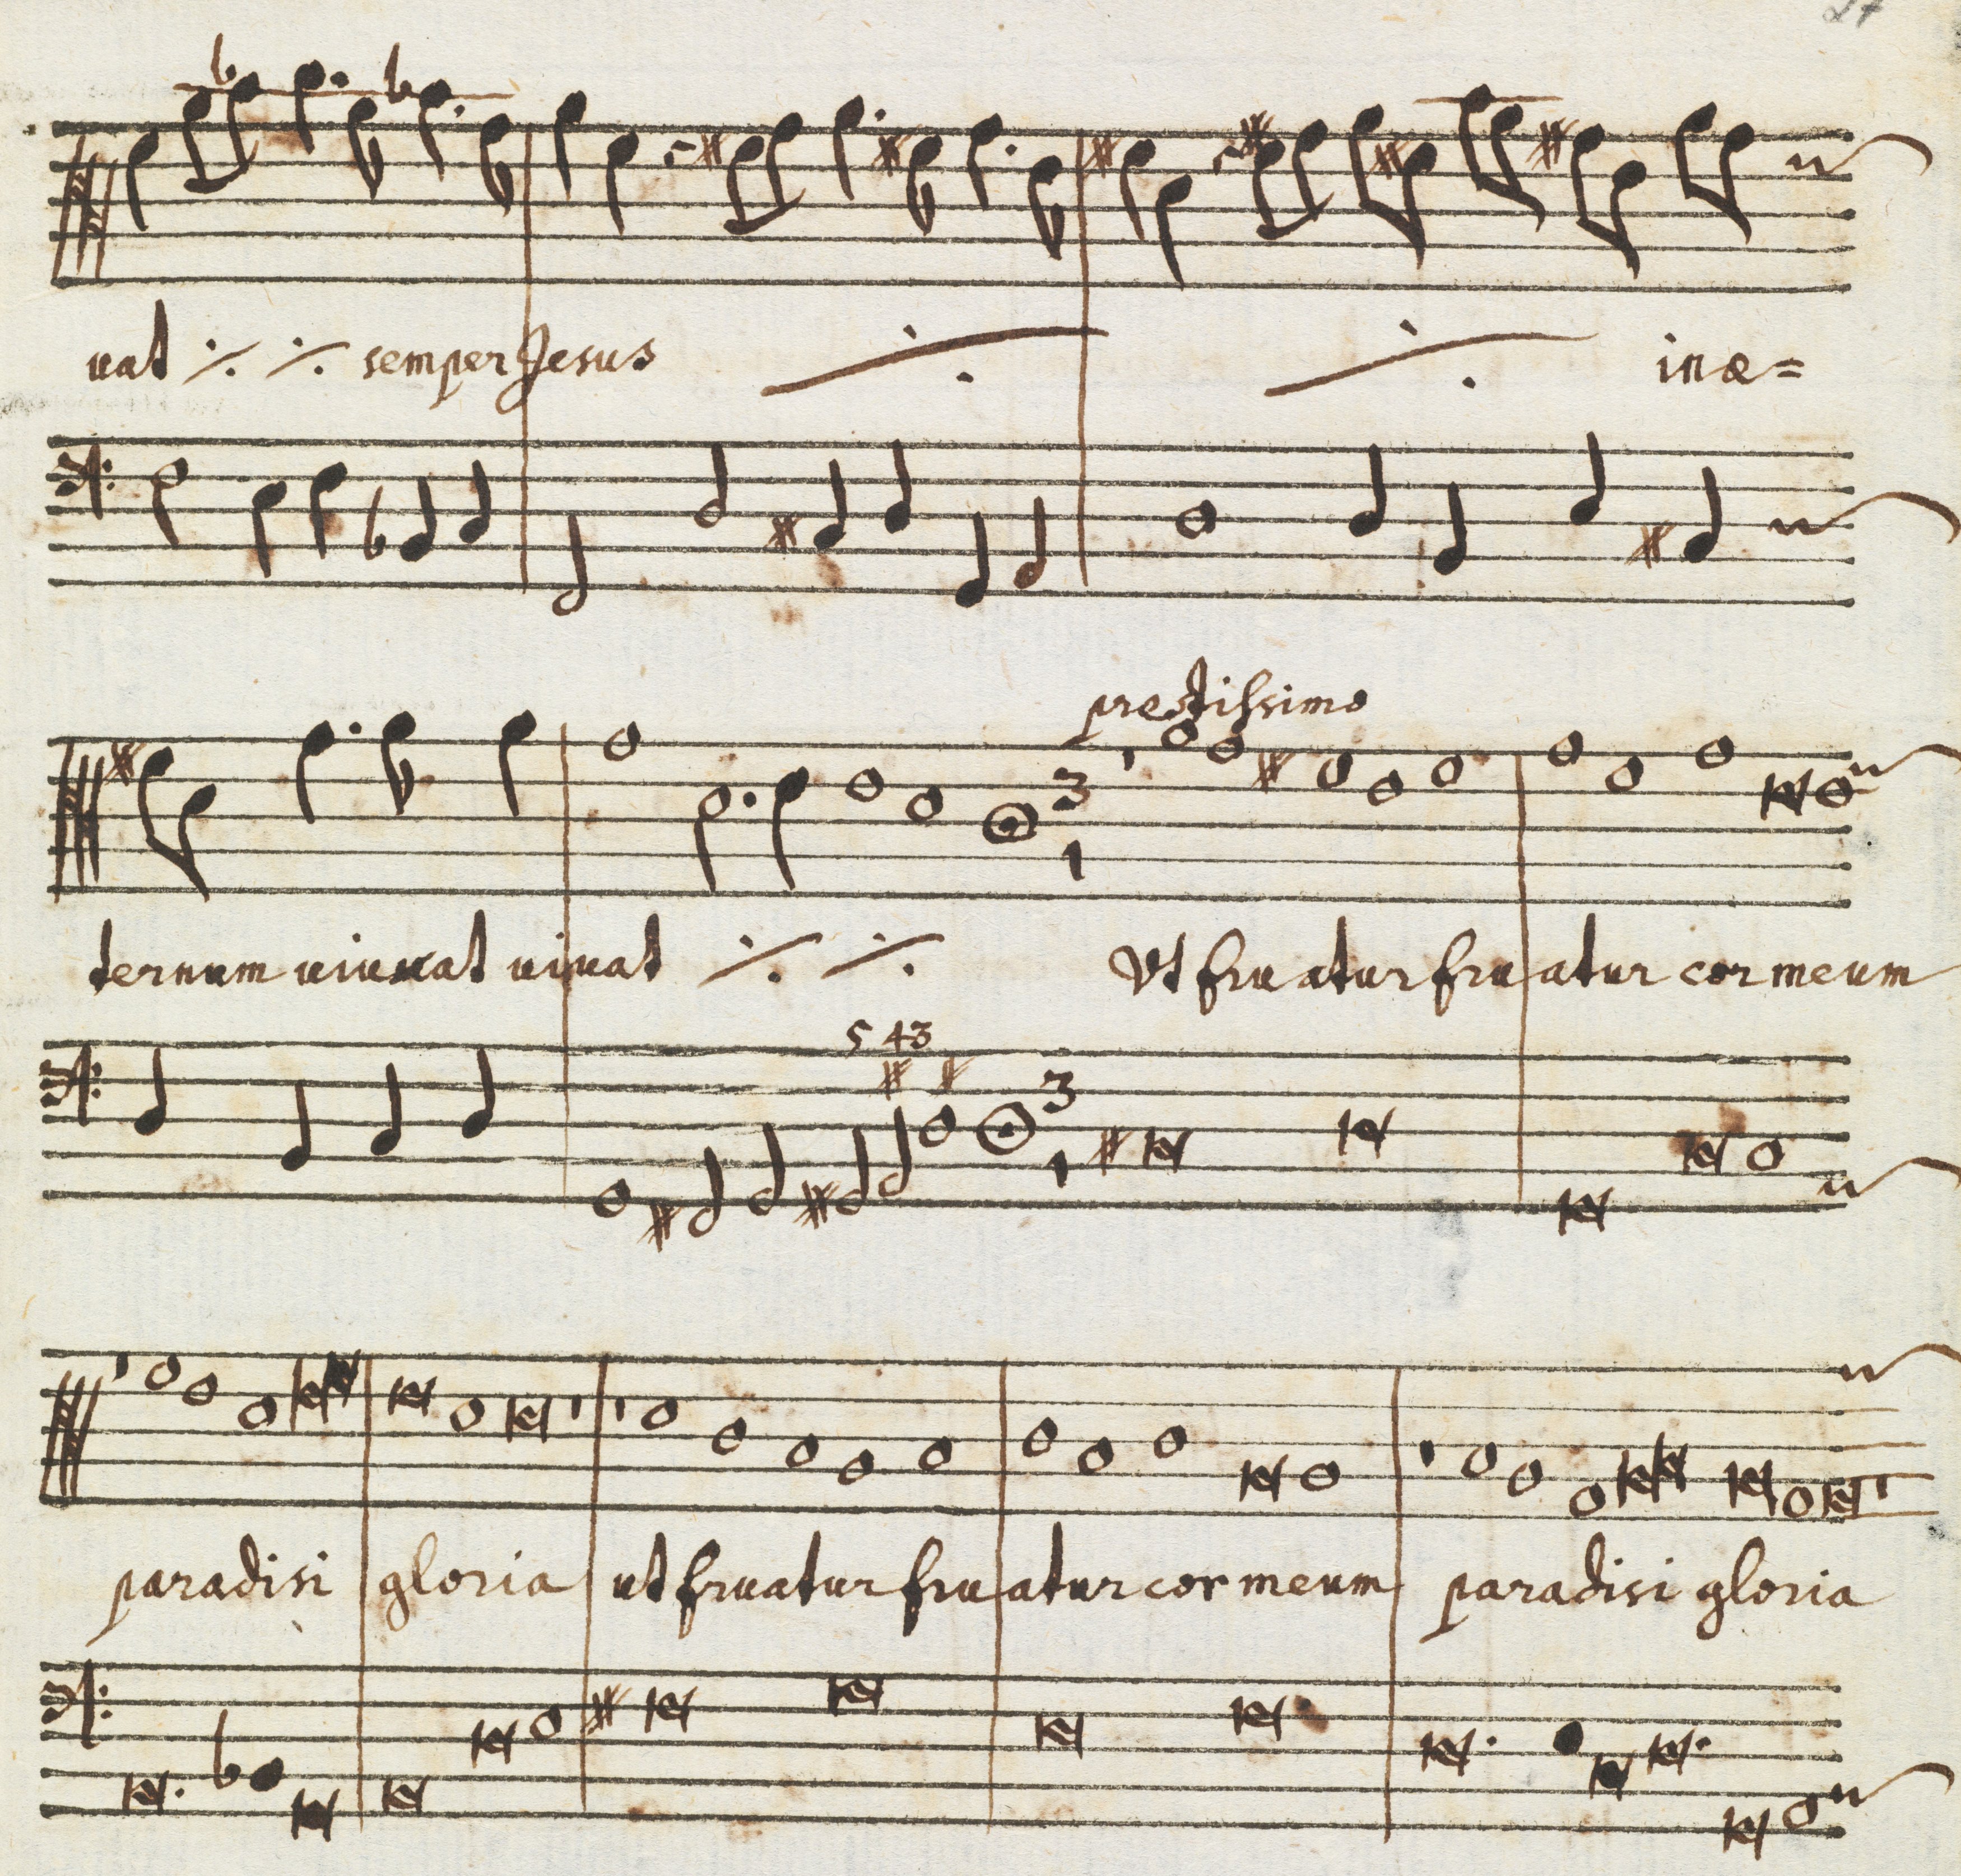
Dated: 1650–1699